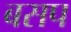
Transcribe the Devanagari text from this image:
बसप